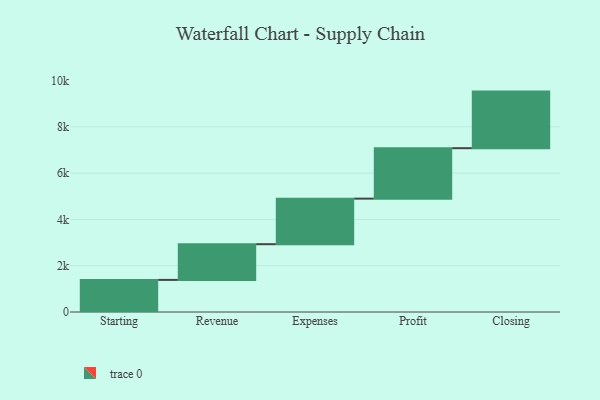
{"axis": {"x": "Step", "y": "Value"}, "legend": [""], "data": [{"x": "Starting", "y": 1387.0, "type": ""}, {"x": "Revenue", "y": 1543.0, "type": ""}, {"x": "Expenses", "y": 1969.0, "type": ""}, {"x": "Profit", "y": 2180.0, "type": ""}, {"x": "Closing", "y": 2445.0, "type": ""}]}